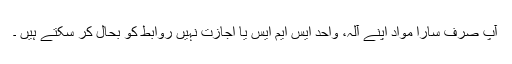
آپ صرف سارا مواد اپنے آلہ، واحد ایس ایم ایس یا اجازت نہیں روابط کو بحال کر سکتے ہیں ۔